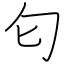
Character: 匂